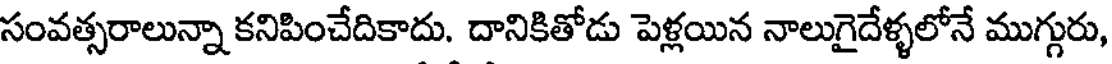
సంవత్సరాలున్నా కనిపించేదికాదు. దానికితోడు పెళ్లయిన నాలుగైదేళ్ళలోనే ముగ్గురు,